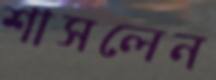
শাসলেন